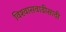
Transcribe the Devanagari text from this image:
विश्‍वासवाढीसाठी